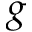
g